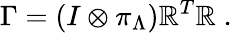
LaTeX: \Gamma=(I\otimes\pi_{\Lambda})\mathbb{R}^{T}\mathbb{R}\; .